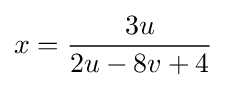
x={\frac {3u}{2u-8v+4}}